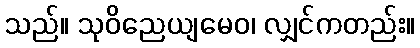
သည်။ သုဝိညေယျမေဝ၊ လျှင်ကတည်း။